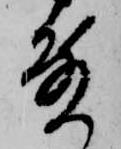
殿